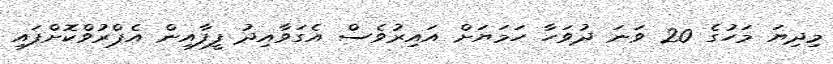
މިދިޔަ މަހުގެ 20 ވަނަ ދުވަހާ ހަމަޔަށް އައިރުވެސް އެގަވާއިދު ފީފާއިން އެޕްރުވްކޮށްފައި